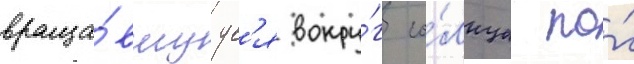
враща́вшуус'я вокру́г со́лнца по́